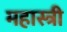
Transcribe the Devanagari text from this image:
महास्त्री